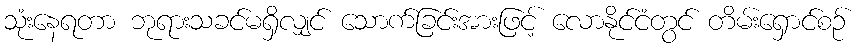
သုံးနေရတာ ဘုရားသခင်မရှိလျှင် သောက်ခြင်းအားဖြင့် လောနိုင်ငံတွင် တိမ်းရှောင်စဉ်